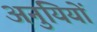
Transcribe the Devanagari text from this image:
अनुयियों